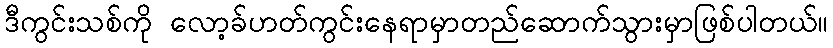
ဒီကွင်းသစ်ကို လော့ခ်ဟတ်ကွင်းနေရာမှာတည်ဆောက်သွားမှာဖြစ်ပါတယ်။